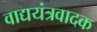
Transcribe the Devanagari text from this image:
वाद्ययंत्रवादक